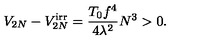
V _ { 2 N } - V _ { 2 N } ^ { \mathrm { i r r } } = \frac { T _ { 0 } f ^ { 4 } } { 4 \lambda ^ { 2 } } N ^ { 3 } > 0 .